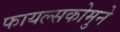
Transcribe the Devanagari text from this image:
फायल्सकोमुने